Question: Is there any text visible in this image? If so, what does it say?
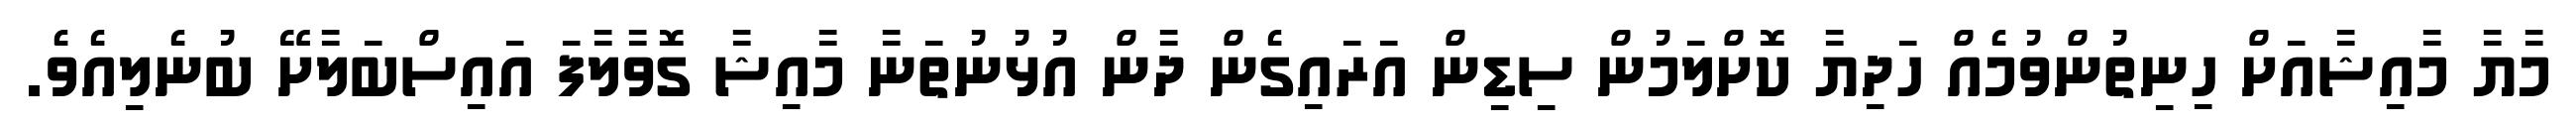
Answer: މާޔާ މާއިޝާއަށް ހިނިތުންވުމެއް ހަދިޔާ ކޮށްލަމުން ސިޑިން އަރައިގެން ދާން އުޅުނުތަނާ މާއިޝާ ގޮވާލާފަ އައިސްބަލާށޭ ބުނެލިއެވެ.